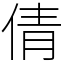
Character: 倩